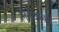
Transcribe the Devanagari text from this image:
निरोधात्कम